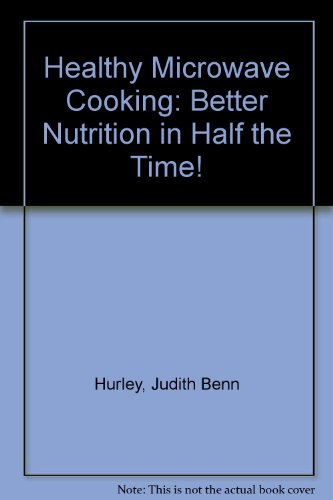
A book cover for Healthy Microwave Cooking: Better Nutrition in Half the Time!; Judith Benn Hurley; Cookbooks, Food & Wine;